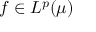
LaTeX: f \in L ^ { p } ( \mu )